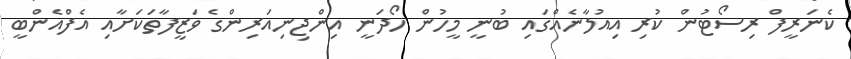
ކެނަރީފް ރިސޯޓުން ކުރި އިއުލާނެއްގައި ބުނީ މީހުން ހޯދަނީ އިންޖިނިއަރިންގެ ވަޒީފާތަކަށާއި އެފްއެންބީ